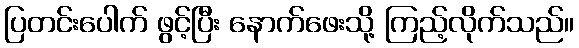
ပြတင်းပေါက် ဖွင့်ပြီး နောက်ဖေးသို့ ကြည့်လိုက်သည်။